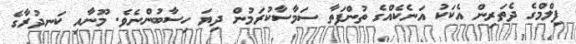
ފިލްމްގެ ދެތަރިން އެކަކު އަނެކެއްގެ ތުންފަތާ ސަމާސާކުރަމުން ދިޔަ ހިސާބުންނެވެ. މޫނާއި ކަނދުރާގެ